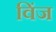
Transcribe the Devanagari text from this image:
विंज